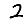
Digit: 2